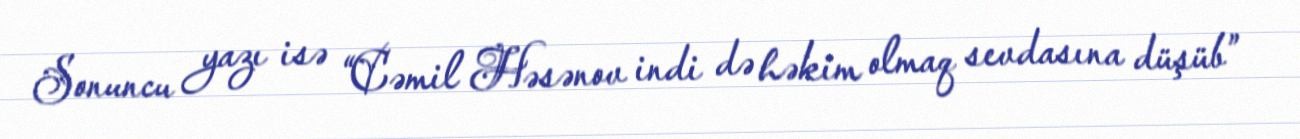
Sonuncu yazı isə “Cəmil Həsənov indi də həkim olmaq sevdasına düşüb”